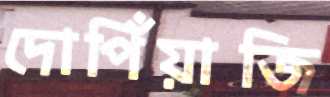
দোপিঁয়াজি